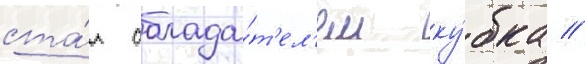
ста́л облада́т'ел'ем ку́бка //